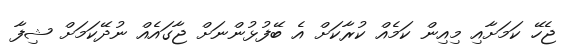
ޖެހޭ ކަމަށާއި މިއިން ކަމެއް ކުރާކަށް އެ ބޭފުޅުންނަށް ޖާގައެއް ނުދޭކަމަށް ޝިފާ